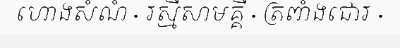
ហោងសំណំ · រស្មីសាមគ្គី · ត្រពាំងជោរ ·